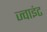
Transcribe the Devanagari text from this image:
ज्‍वाइंट